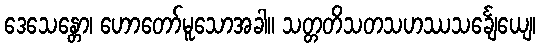
ဒေသေန္တော၊ ဟောတော်မူသောအခါ။ သတ္တတိသတသဟဿသင်္ချေယျေ၊